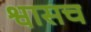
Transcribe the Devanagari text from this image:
श्वासच